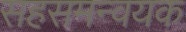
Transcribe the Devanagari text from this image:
सहसमन्वयक